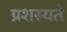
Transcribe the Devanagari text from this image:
प्रशस्यते